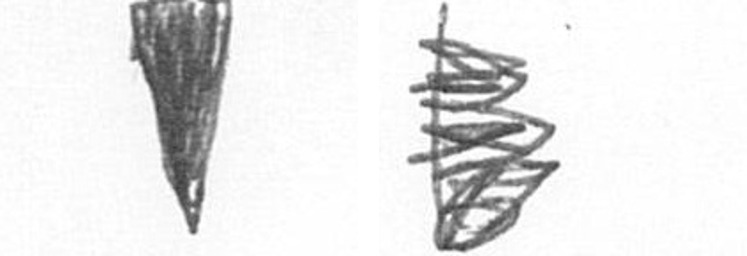
J H